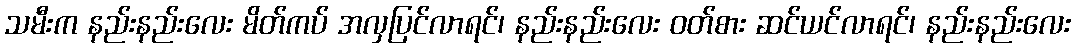
သမီးက နည်းနည်းလေး မိတ်ကပ် အလှပြင်လာရင်၊ နည်းနည်းလေး ဝတ်စား ဆင်ယင်လာရင်၊ နည်းနည်းလေး